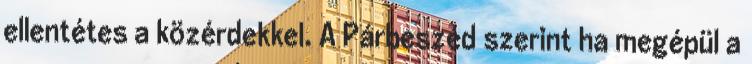
ellentétes a közérdekkel. A Párbeszéd szerint ha megépül a